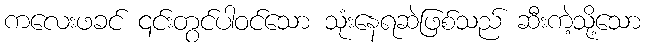
ကလေးဖခင် ၎င်းတွင်ပါဝင်သော သုံးနေရဆဲဖြစ်သည် ဆီးကဲ့သို့သော